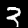
Label: 3